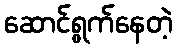
ဆောင်ရွက်နေတဲ့